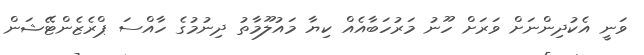
ވަނީ އެކުދިންނަށް ވަރަށް ހޫނު މަރުހަބާއެއް ކިޔާ މައުލޫމާތު ދިނުމުގެ ހާއްސަ ޕްރެޒެންޓޭޝަން